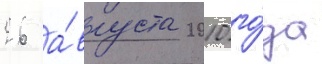
26 а́вгуста 2010 го́да